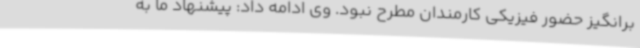
برانگیز حضور فیزیکی کارمندان مطرح نبود. وی ادامه داد: پیشنهاد ما به